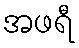
အဖရီ